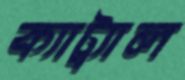
ক্যাট্র্যাল